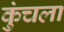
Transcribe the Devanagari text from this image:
कुंचला